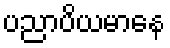
ပညာပိယမာနေ